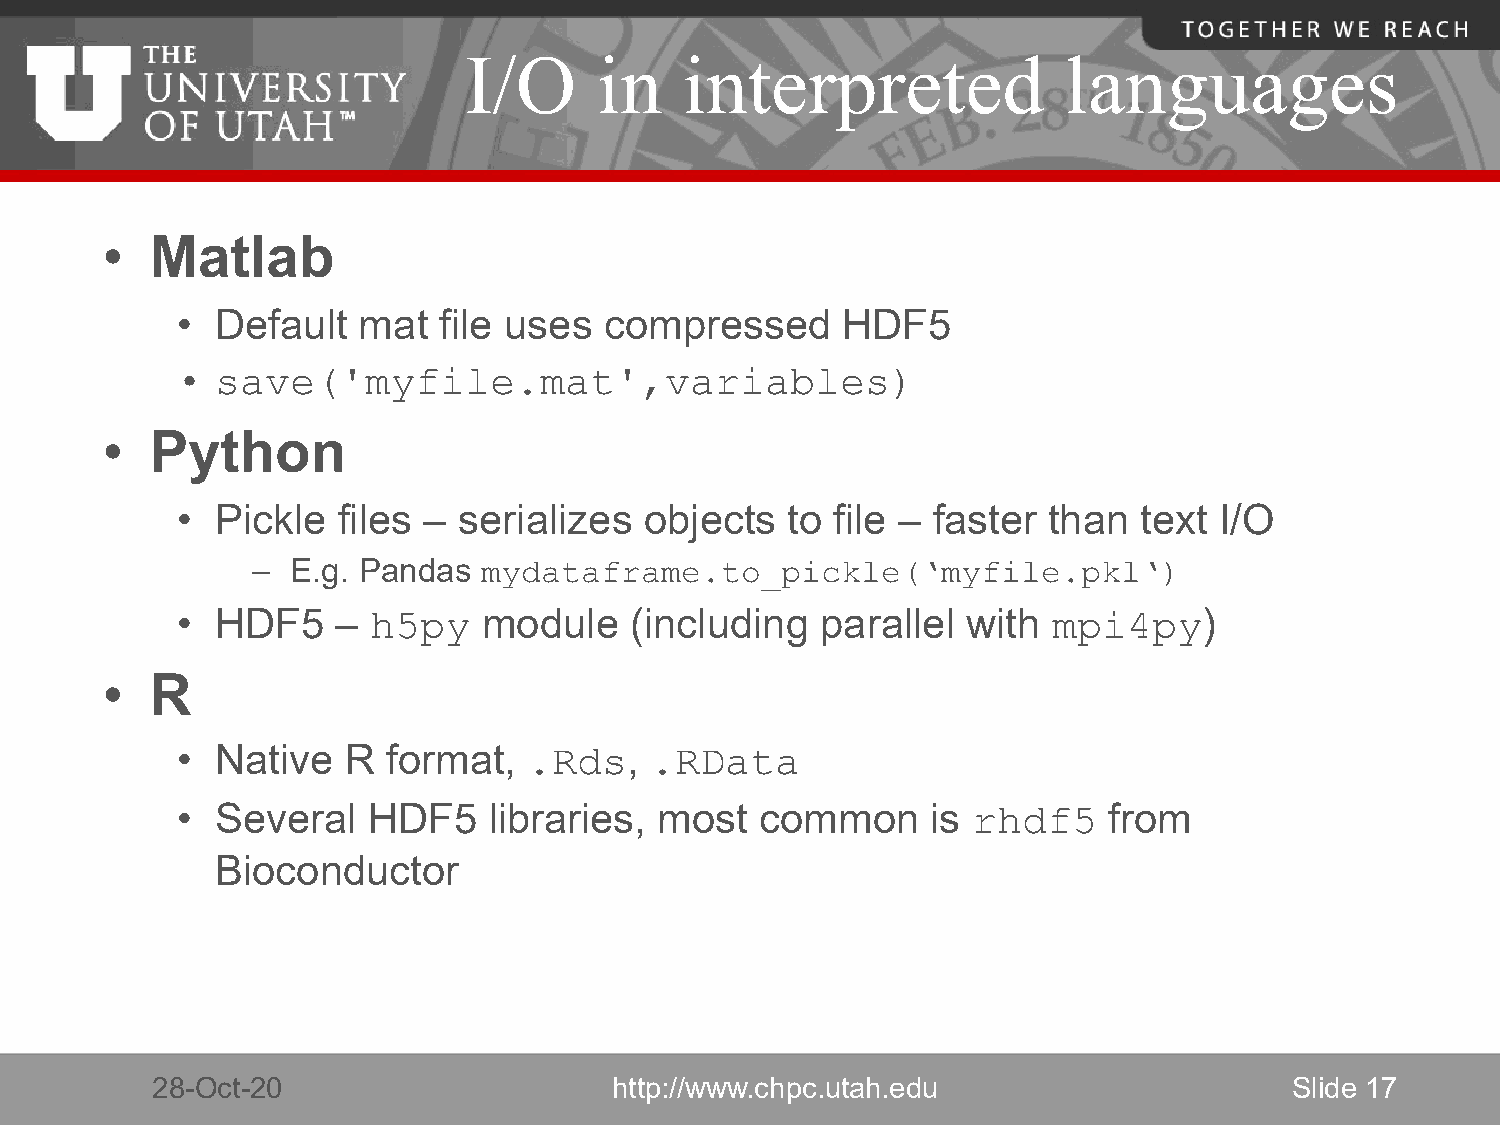
I/O      in   interpreted              languages
 •  Matlab
 • Default   mat  file uses  compressed      HDF5
 • save('myfile.mat',variables)
 •  Python
 • Pickle  files – serializes   objects  to file – faster than   text I/O
 – E.g. Pandas
 mydataframe.to_pickle(‘myfile.pkl‘)
 • HDF5    –         module    (including  parallel  with            )
 h5py                                         mpi4py
 •  R
 • Native   R  format,         ,
 .Rds    .RData
 • Several   HDF5    libraries,  most  common      is         from
 rhdf5
 Bioconductor
 28-Oct-20                      http://www.chpc.utah.edu                     Slide 17